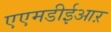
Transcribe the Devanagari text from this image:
एएमडीईआऱ